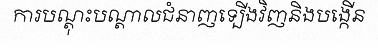
ការបណ្តុះបណ្តាលជំនាញទ្បើងវិញនិងបង្កើន